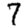
Digit: 7